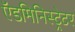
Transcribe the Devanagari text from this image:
ऍडमिनिस्ट्रेटर